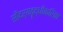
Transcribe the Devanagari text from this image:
सौंदर्यवॄद्धीकरिता